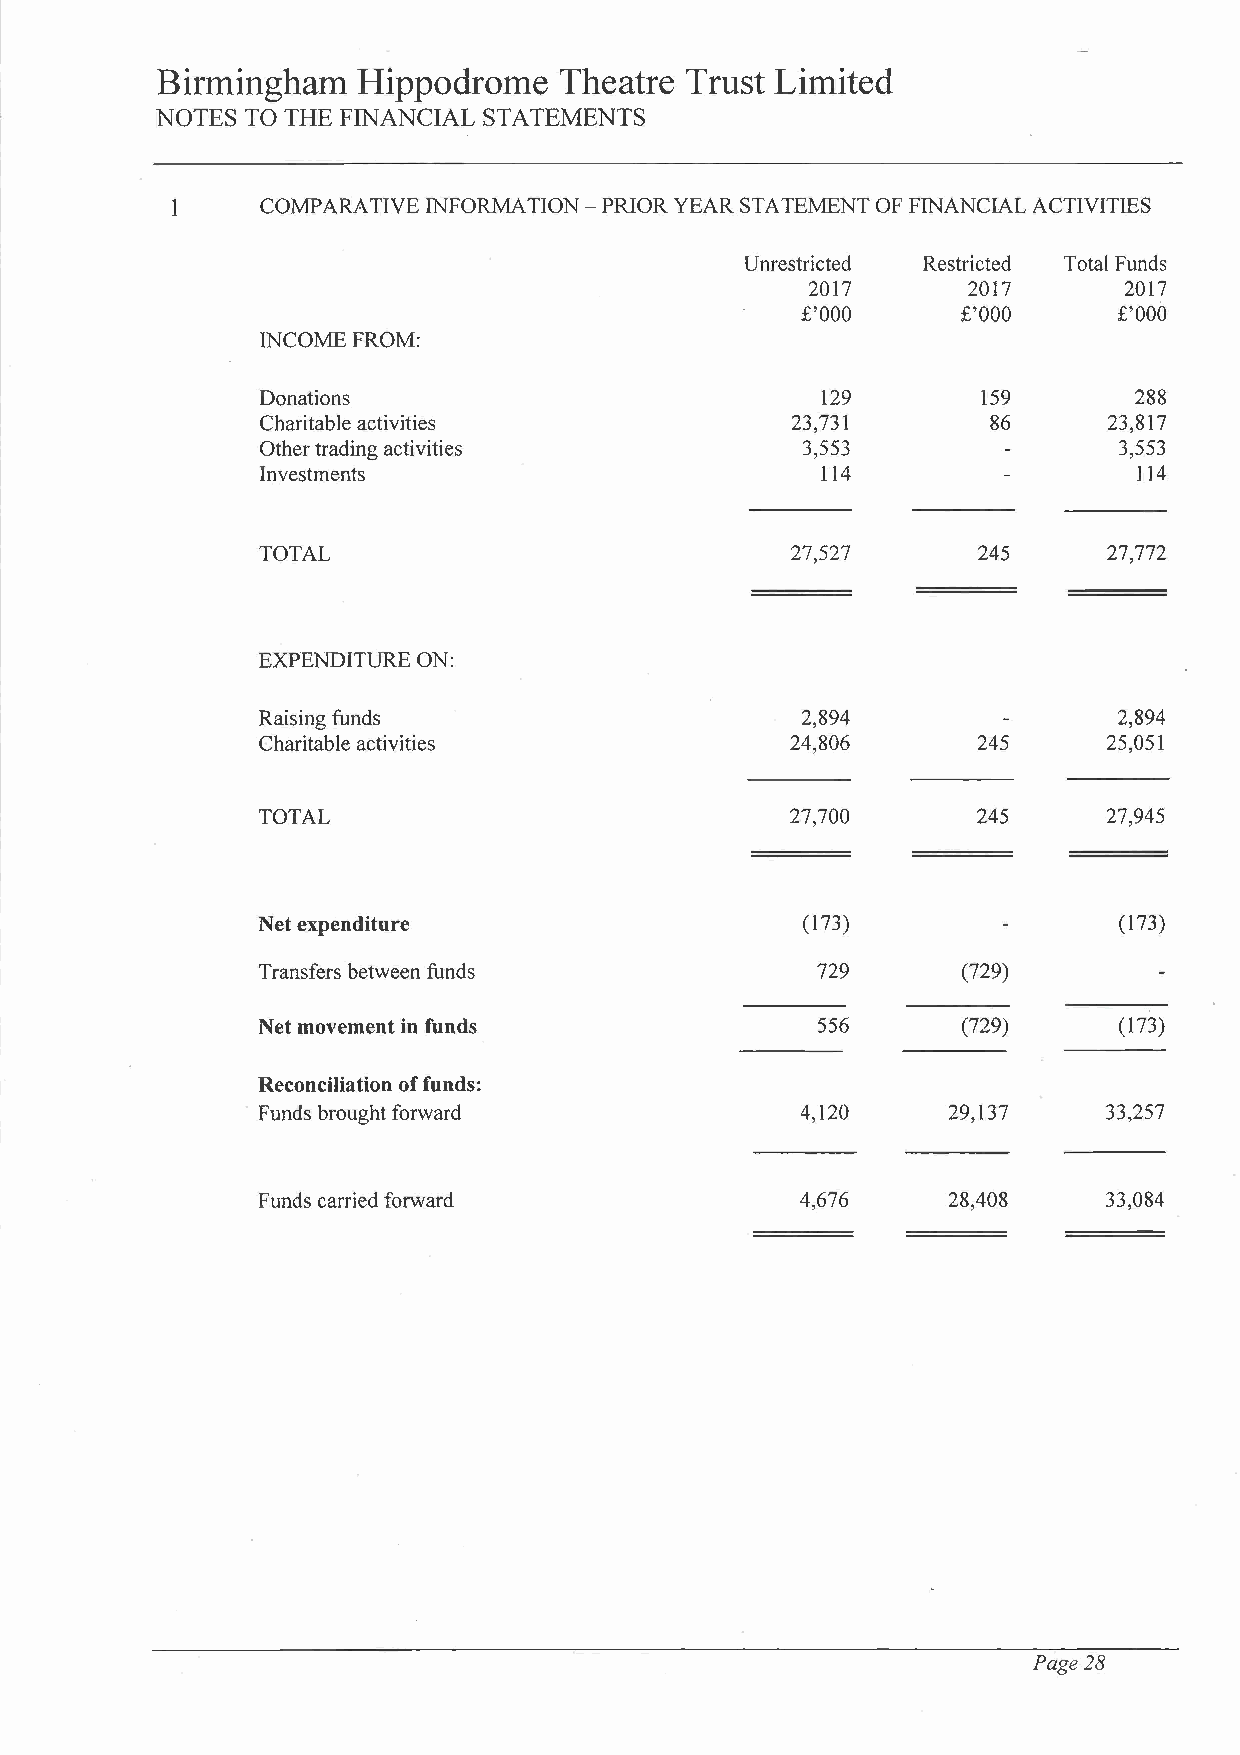
Birmingham    Hippodrome   Theatre Trust Limited
 NOTES TO THE FINANCIAL STATEMENTS
 1     COMPARA TIVE INFORMATION - PRIOR YEAR STATEMENT OF FINANCIAL ACTIVITIES
 Unrestricted Restricted Total Funds
 2017       2017      2017
 £'000      £'000     £'000
 INCOME FROM:
 Donations                            129        159       288
 Charitable activities              23,731        86     23,817
 Other trading activities            3,553                3,553
 Investments                          114                  114
 TOTAL                              27,527       245     27,772
 EXPENDITURE ON:
 Raising funds                       2,894                2,894
 Charitable activities              24,806       245     25,051
 TOTAL                              27,700       245     27,945
 Net expenditure                     (173)                (173)
 Transfers between funds              729       (729)
 Net movement in funds                556       (729)     (173)
 Reconciliation of funds:
 Funds brought forward               4,120     29,137    33,257
 Funds carried forward               4,676     28,408    33,084
 Page 28